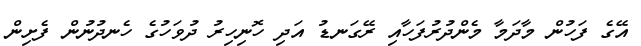
އޭގެ ފަހުން މާދަމާ މެންދުރުފަހާއި ރޭގަނޑު އަދި ހޮނިހިރު ދުވަހުގެ ހެނދުނުން ފެށިން